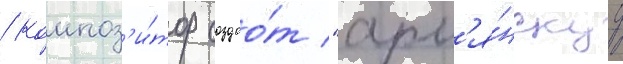
/ композ'и́тор создао́т "арм'я́нскуу